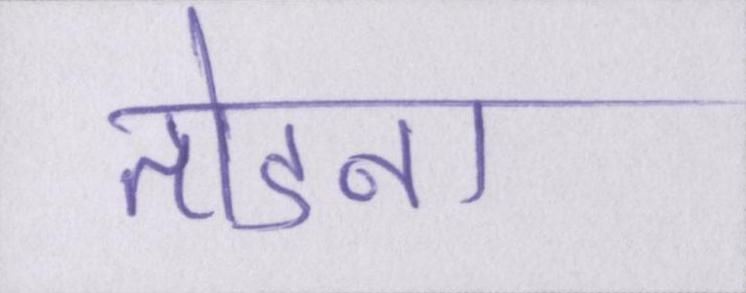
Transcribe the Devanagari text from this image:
तोडना